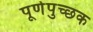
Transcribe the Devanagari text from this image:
पूर्णपुच्छक